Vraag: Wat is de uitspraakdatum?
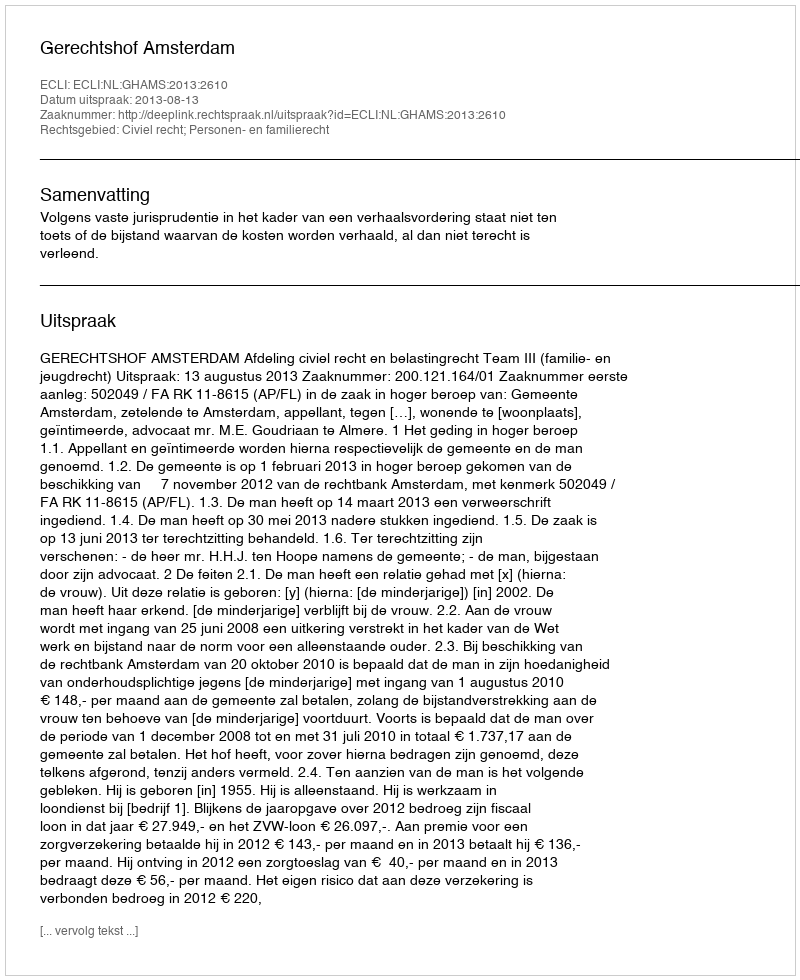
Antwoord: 2013-08-13